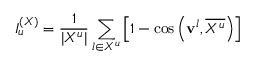
I _ { u } ^ { ( X ) } = \frac { 1 } { | X ^ { u } | } \sum _ { l \in X ^ { u } } \left[ 1 - \cos \left( { \bf v } ^ { l } , \overline { { X ^ { u } } } \right) \right]